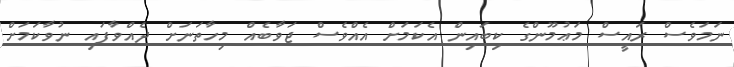
ނަމަވެސް ރައީސް މަޢުމޫންގެ ކިބައިން އެކަމަށް އެއްވެސް ޖަވާބެއް މިހާތަނަށް ދެއްވާފައި ނުވާކަމަށް